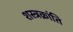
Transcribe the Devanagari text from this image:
शस्त्रक्रांति